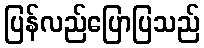
ပြန်လည်ပြောပြသည်